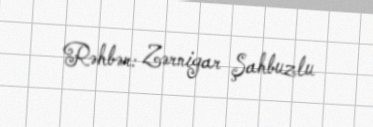
Rəhbər: Zərnigar Şahbuzlu